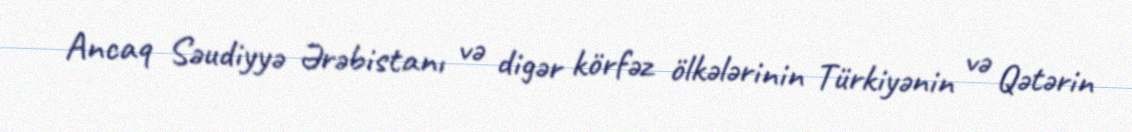
Ancaq Səudiyyə Ərəbistanı və digər körfəz ölkələrinin Türkiyənin və Qətərin